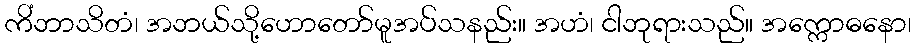
ကိံဘာသိတံ၊ အဘယ်သို့ဟောတော်မူအပ်သနည်း။ အဟံ၊ ငါဘုရားသည်။ အက္ကောဓနော၊